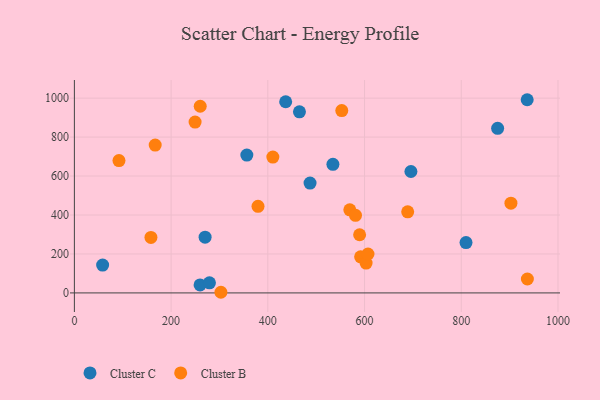
{"axis": {"x": "Investment", "y": "Exam Score"}, "legend": ["Cluster B", "Cluster C"], "data": [{"x": "259.9", "y": 41.0, "type": "Cluster C"}, {"x": "936.3", "y": 991.8, "type": "Cluster C"}, {"x": "58.4", "y": 142.9, "type": "Cluster C"}, {"x": "270.3", "y": 286.1, "type": "Cluster C"}, {"x": "436.9", "y": 981.3, "type": "Cluster C"}, {"x": "465.4", "y": 929.8, "type": "Cluster C"}, {"x": "487.3", "y": 564.1, "type": "Cluster C"}, {"x": "534.6", "y": 660.4, "type": "Cluster C"}, {"x": "809.8", "y": 258.5, "type": "Cluster C"}, {"x": "875.2", "y": 845.1, "type": "Cluster C"}, {"x": "279.3", "y": 51.6, "type": "Cluster C"}, {"x": "356.6", "y": 707.9, "type": "Cluster C"}, {"x": "695.9", "y": 623.2, "type": "Cluster C"}, {"x": "591.9", "y": 185.3, "type": "Cluster B"}, {"x": "689.2", "y": 416.1, "type": "Cluster B"}, {"x": "410.4", "y": 697.2, "type": "Cluster B"}, {"x": "92.2", "y": 679.5, "type": "Cluster B"}, {"x": "603.2", "y": 153.2, "type": "Cluster B"}, {"x": "902.7", "y": 460.6, "type": "Cluster B"}, {"x": "379.7", "y": 444.4, "type": "Cluster B"}, {"x": "569.5", "y": 426.5, "type": "Cluster B"}, {"x": "167.1", "y": 758.9, "type": "Cluster B"}, {"x": "607.1", "y": 199.7, "type": "Cluster B"}, {"x": "589.8", "y": 298.5, "type": "Cluster B"}, {"x": "581.3", "y": 398.5, "type": "Cluster B"}, {"x": "158.3", "y": 284.7, "type": "Cluster B"}, {"x": "936.7", "y": 71.4, "type": "Cluster B"}, {"x": "303.0", "y": 3.3, "type": "Cluster B"}, {"x": "552.9", "y": 936.0, "type": "Cluster B"}, {"x": "249.6", "y": 877.0, "type": "Cluster B"}, {"x": "260.2", "y": 958.4, "type": "Cluster B"}]}